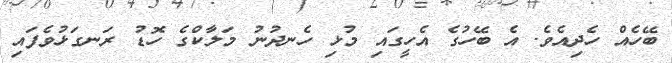
ބޭހެއް ހެދިއެވެ. އެ ބޭހުގެ އެހީގައި މުޅި ހެނދުނު މަލާކްގެ ހޮޑު ރަނގަޅުވެފައި